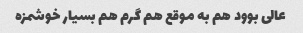
عالی بوود هم به موقع هم گرم هم بسیار خوشمزه